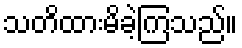
သတိထားမိခဲ့ကြသည်။